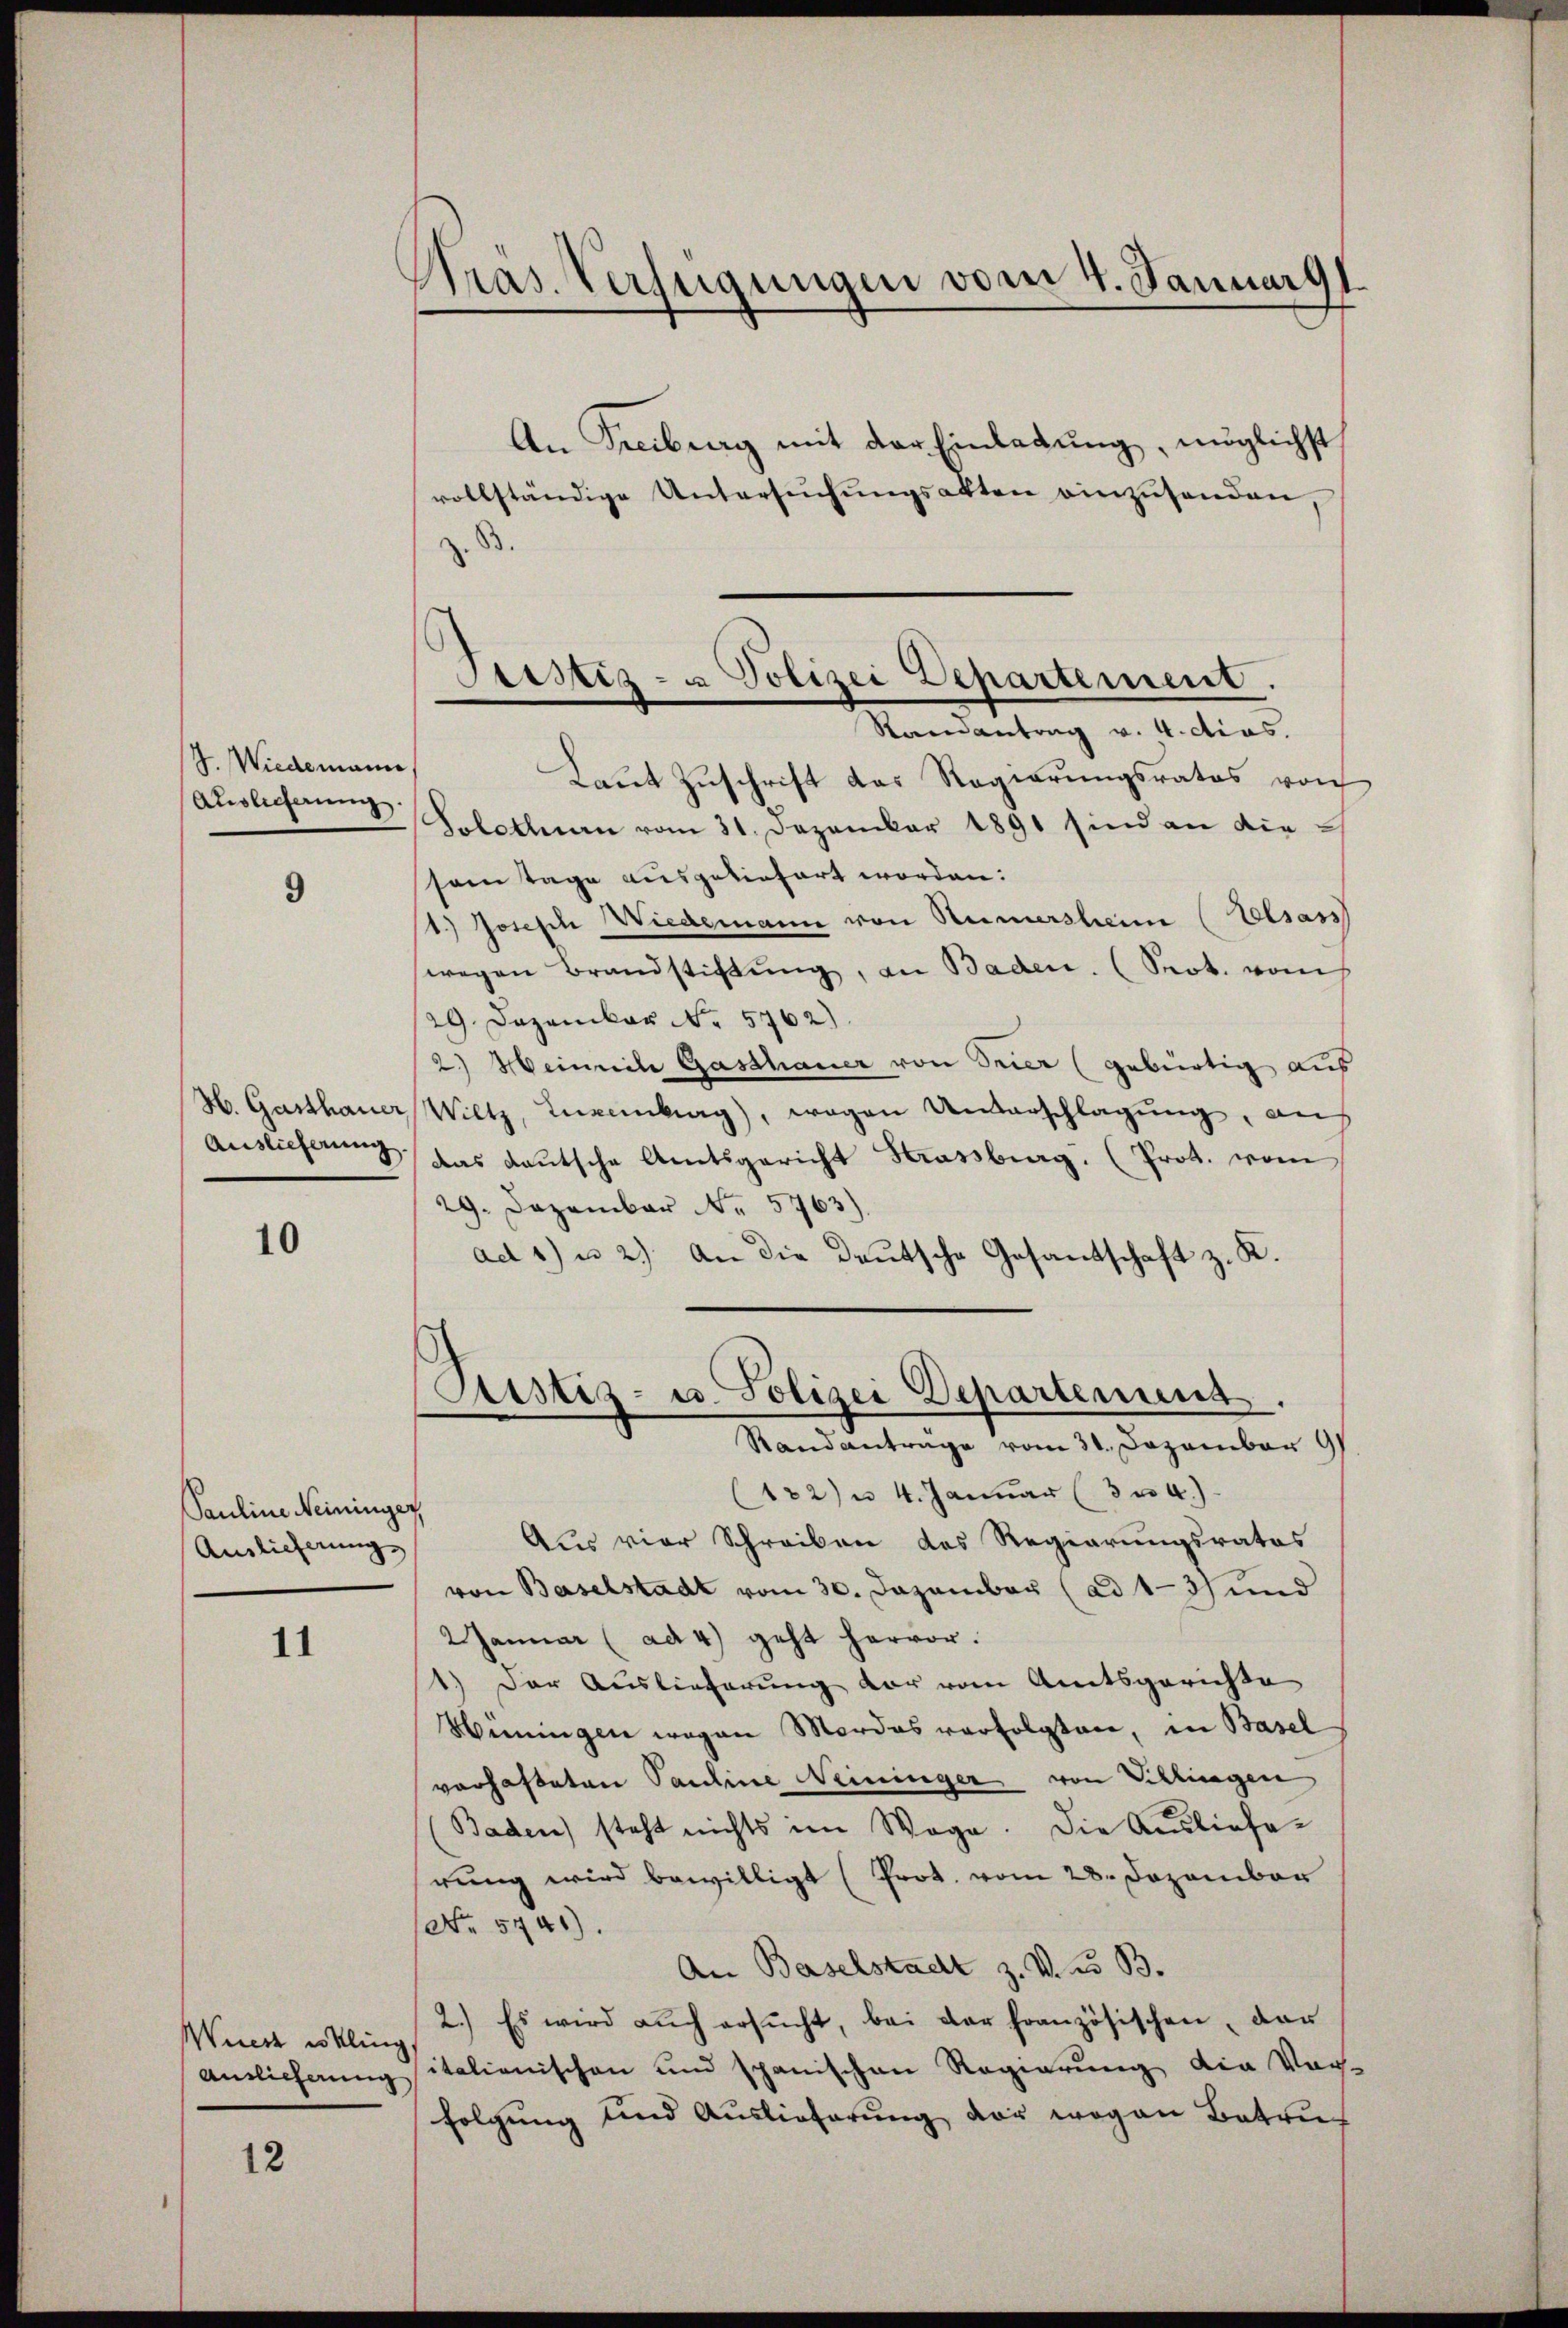
J. Wiedemann
Auslicherung

9

H. Gasthauer
Auslieferung.

10

Pauline Neininger,
Ainlicherung

11

Wüest es kling,
Antlicherung

12

Pras. Verfügungen vom 4. Januar 91.

Sistiz- & Polizei Departement.
Randantrag v. 4.ctias.

An Freiburg mit der Einlegung, möglichst
vollständige Untersŭchŭngsakten einzŭsenden,
z. B.
Laut Zuschrift das Regierungsrates von
Solothurn vom 31. Dezember 1891 sind an die-
sem Tage ausgeliefert worden.
1.) Joseph Wiedemann von Rumersheim (Elsass
wegen Brandstiftŭng, an Baden. (Seot. vom
29. Dezember No. 5762)
2.) Heinrich Gasthauer von Trier (gebürtig aus
Wiltz, Luxenburg, wegen Unterschlagung, auf
das deutsche Amtsgericht Strassburg. (Prot. vom
29. Dezember Nr. 5763).
ad 1) u. 2) An die Deutsche Gesandschaft z. K.
Aistiz- u. Polizei Departemens
Randantrage vom 31. Dezember 9
122) u 4. Januar (3 n 4.)
Aus vier Schreiben des Regierungsrates
von Baselstadt vom 30. Dezember (ad 13 und
2 Januar (ad 4) geht hervor.
1.) Der Auslieferung vor vom Amtsgerichte
Hüningen wegen Mordes verfolgten, in Basel
vorhafteten Pauline Neininger von Sitzingen
Baden steht nichts im Wege. Die Auslieferung wird bewilligt (Prot. vom 28. Dezember
No 5741).
An Baselstadt z. V. d. B.
2.) Es wird aŭch ersŭcht, bei der französischen, der
italionischen und spanischen Regierung die Vog-
folgung und Auslieferung vor wegen Betruf